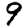
Digit: 9